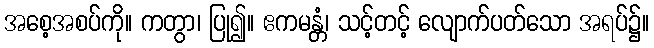
အစေ့အစပ်ကို။ ကတွာ၊ ပြု၍။ ဧကမန္တံ၊ သင့်တင့် လျောက်ပတ်သော အရပ်၌။